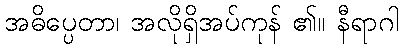
အဓိပ္ပေတာ၊ အလိုရှိအပ်ကုန် ၏။ နီရာဂါ